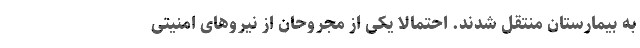
به بیمارستان منتقل شدند. احتمالا یکی از مجروحان از نیروهای امنیتی